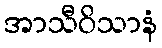
အာသီဝိသာနံ